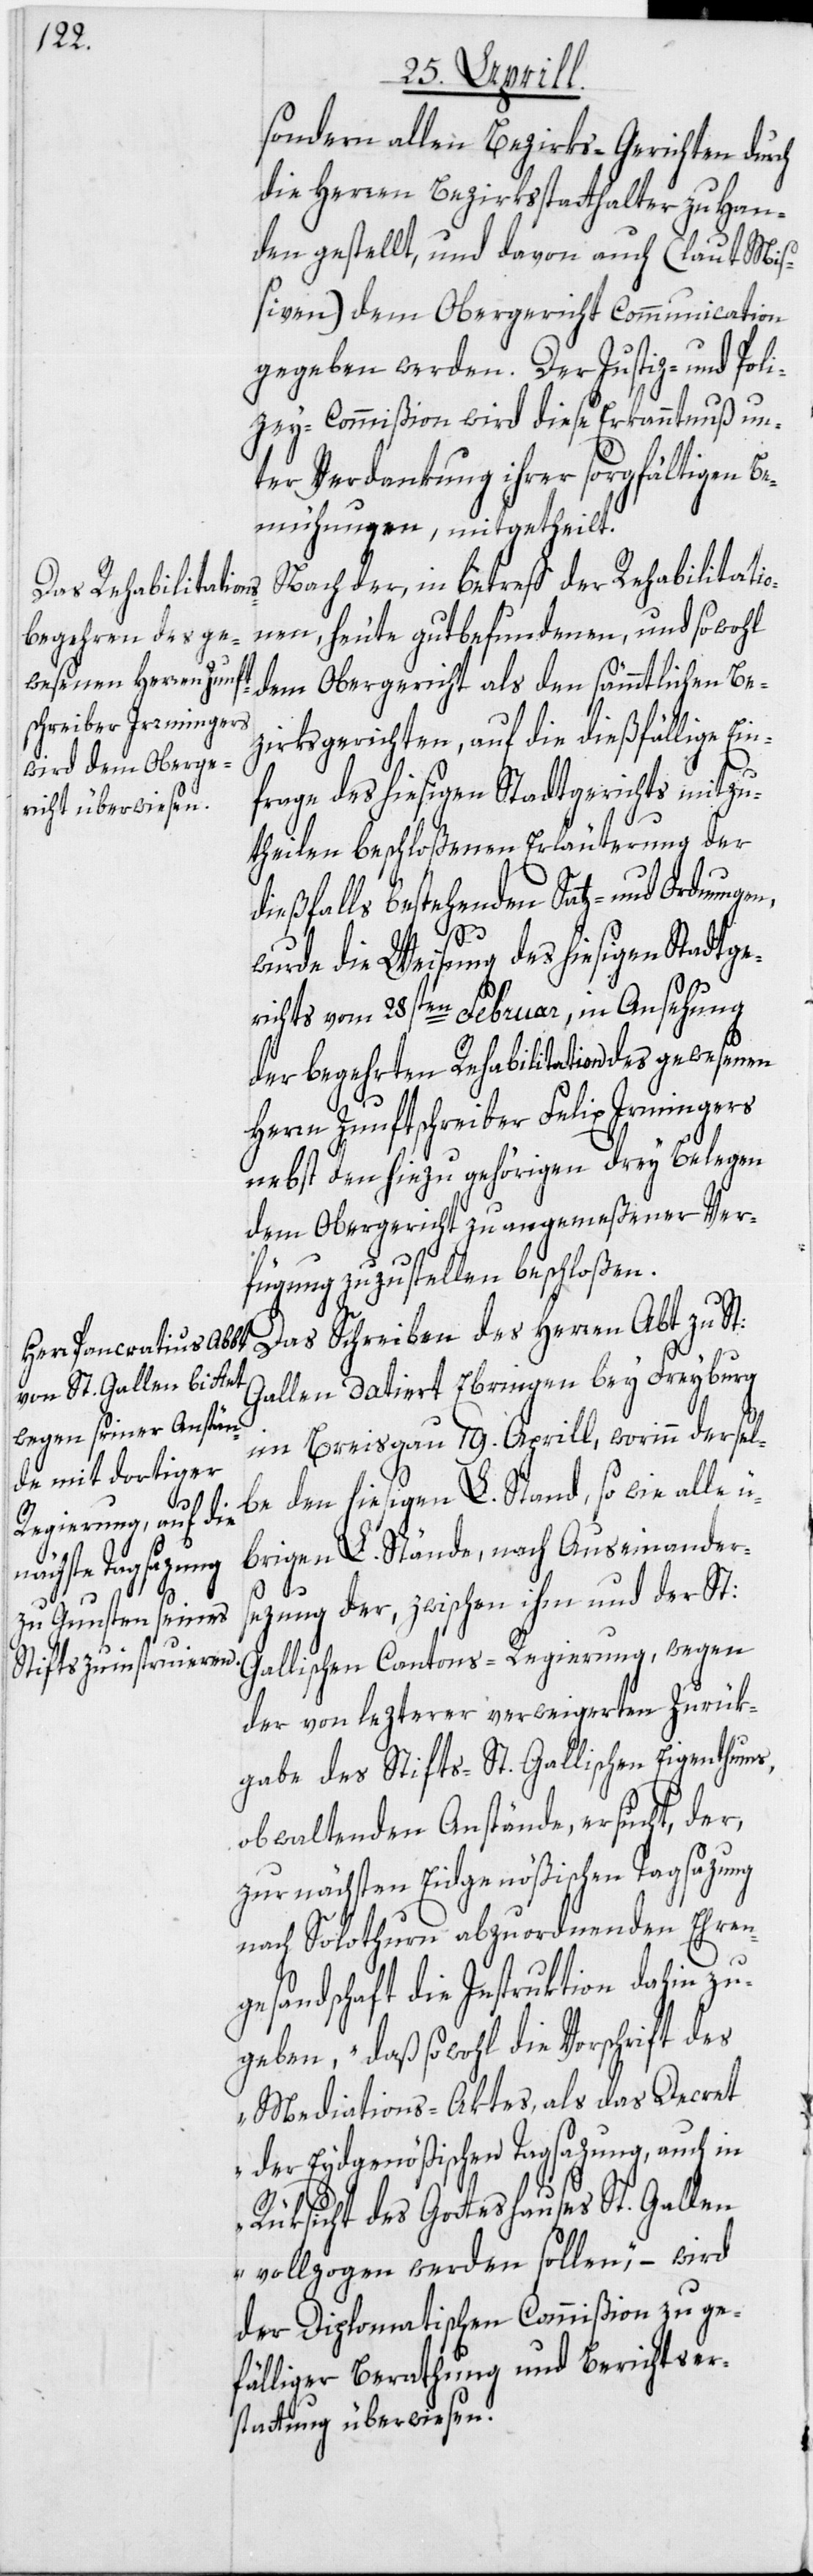
sondern allen Bezirks-Gerichten durch
die Herren Bezirksstatthalter zu Han¬
den gestellt, und davon auch (laut Miß¬
iven) dem Obergericht Communication
gegeben werden. Der Justiz- und Poli¬
zey-Commißion wird diese Erkanntnuß un¬
ter Verdankung ihrer sorgfältigen Be¬
mühungen, mitgetheilt.
Nach der, in betreff der Rehabilitatio¬
nen, heute gutbefundenen, und sowohl
zirksgerichten, auf die dießfällige Ein¬
dem Oberge¬
frage des hiesigen Stadtgerichts mitzu¬
theilen beschloßenen Erläuterung der
dießfalls bestehenden Satz- und Ordnungen,
wurde die Weisung des hiesigen Stadtge¬
richts vom 28sten Februar, in Ansehung
der begehrten Rehabilitation des gewesenen
Herrn Zunftschreiber Felix Irmingers
nebst den hiezu gehörigen drey Belegen
dem Obergericht zu angemeßener Ver¬
fügung zuzustellen beschloßen.
Das Schreiben des Herren Abt zu St:
Gallen datiert Ebringen bey Freyburg
im Breisgau 19. Aprill, worinn dersel¬
be den hiesigen L. Stand, so wie alle
übrigen L. Stände, nach Auseinanders¬
richt als den
Be¬
ezung der, zwischen ihm und der St:
Gallischen Cantons-Regierung, wegen
der von lezterer verweigerten Zurük¬
gabe des Stifts-St. Gallischen Eigenthums,
obwaltenden Anstände, ersucht, der,
zur nächsten Eidgenößischen Tagsazung
nach Solothurn abzuordnenden Ehren¬
gesandschaft die Instruktion dahin zu
geben, „daß sowohl die Vorschrift des
Mediations-Aktes, als das Decret
der Eydgenößischen Tagsazung, auch in
Rüksicht des Gotteshauses St. Gallen
vollzogen werden sollen“, – wird
der Diplomatischen Commißion zu ge¬
fälliger Berathung und Berichtser¬
stattung überwiesen.